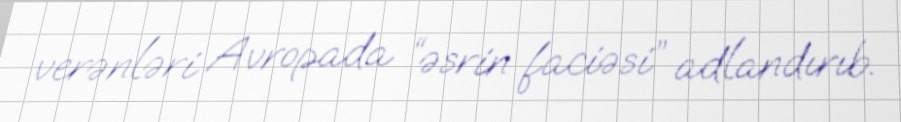
verənləri Avropada “əsrin faciəsi” adlandırıb.